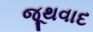
જૂથવાદ